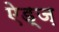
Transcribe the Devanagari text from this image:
ऐड्ज़